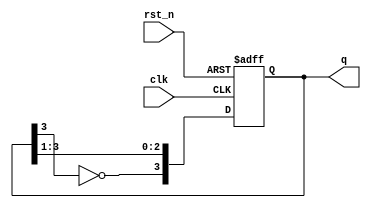
module JohnsonCounter #(
    parameter N = 4  // Number of flip-flops
) (
    input clk,             // Clock input
    input rst_n,          // Asynchronous reset (active low)
    output reg [N-1:0] q  // Output state
);

// Internal signal for feedback
wire feedback;

assign feedback = ~q[N-1]; // Inverted output of the last flip-flop

always @(posedge clk or negedge rst_n) begin
    if (!rst_n) begin
        q <= 0; // Reset state
    end else begin
        // Shift the states and apply feedback
        q <= {feedback, q[N-1:1]};
    end
end

endmodule